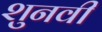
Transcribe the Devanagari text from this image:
शुनवी